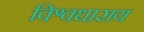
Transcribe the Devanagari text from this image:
विश्वधाराय